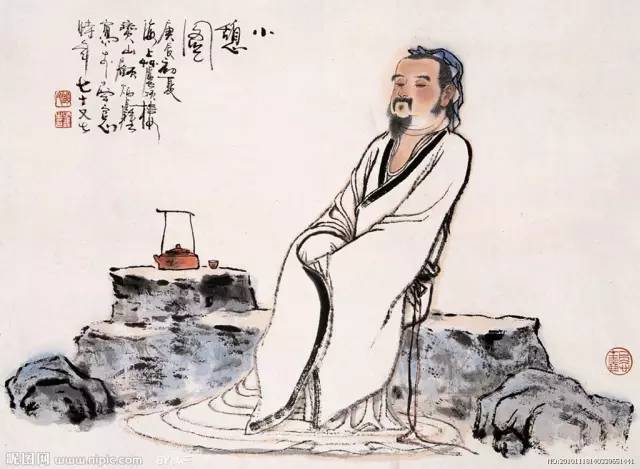
恭者不侮人，俭者不夺人。